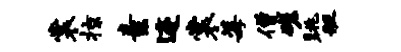
裳掠素迹裳莓僧磋眺艇